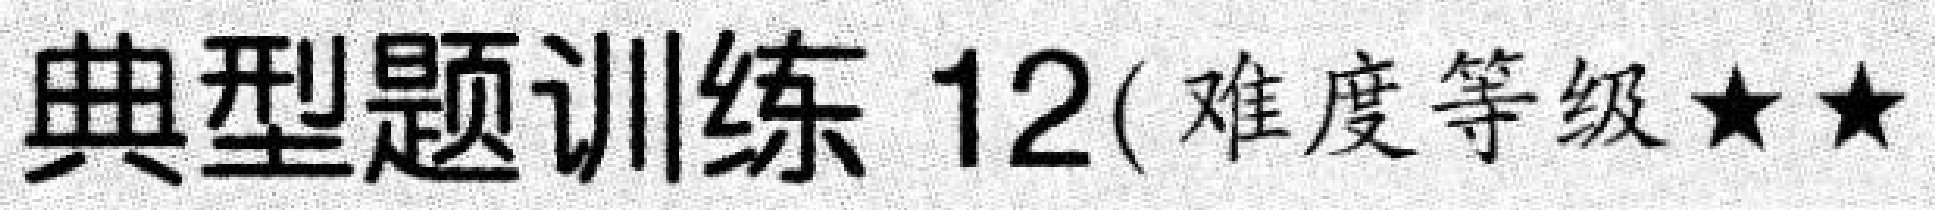
典型题训练 12( 难度等级$\star\star$)